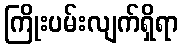
ကြိုးပမ်းလျက်ရှိရာ